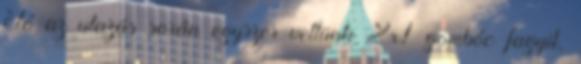
Jó az utazás során egyszer vettünk 2x1 gombóc fagyit,